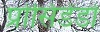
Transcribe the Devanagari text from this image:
प्रोसिडेंडो